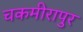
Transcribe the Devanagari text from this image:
चकमीरापुर